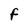
Character: F